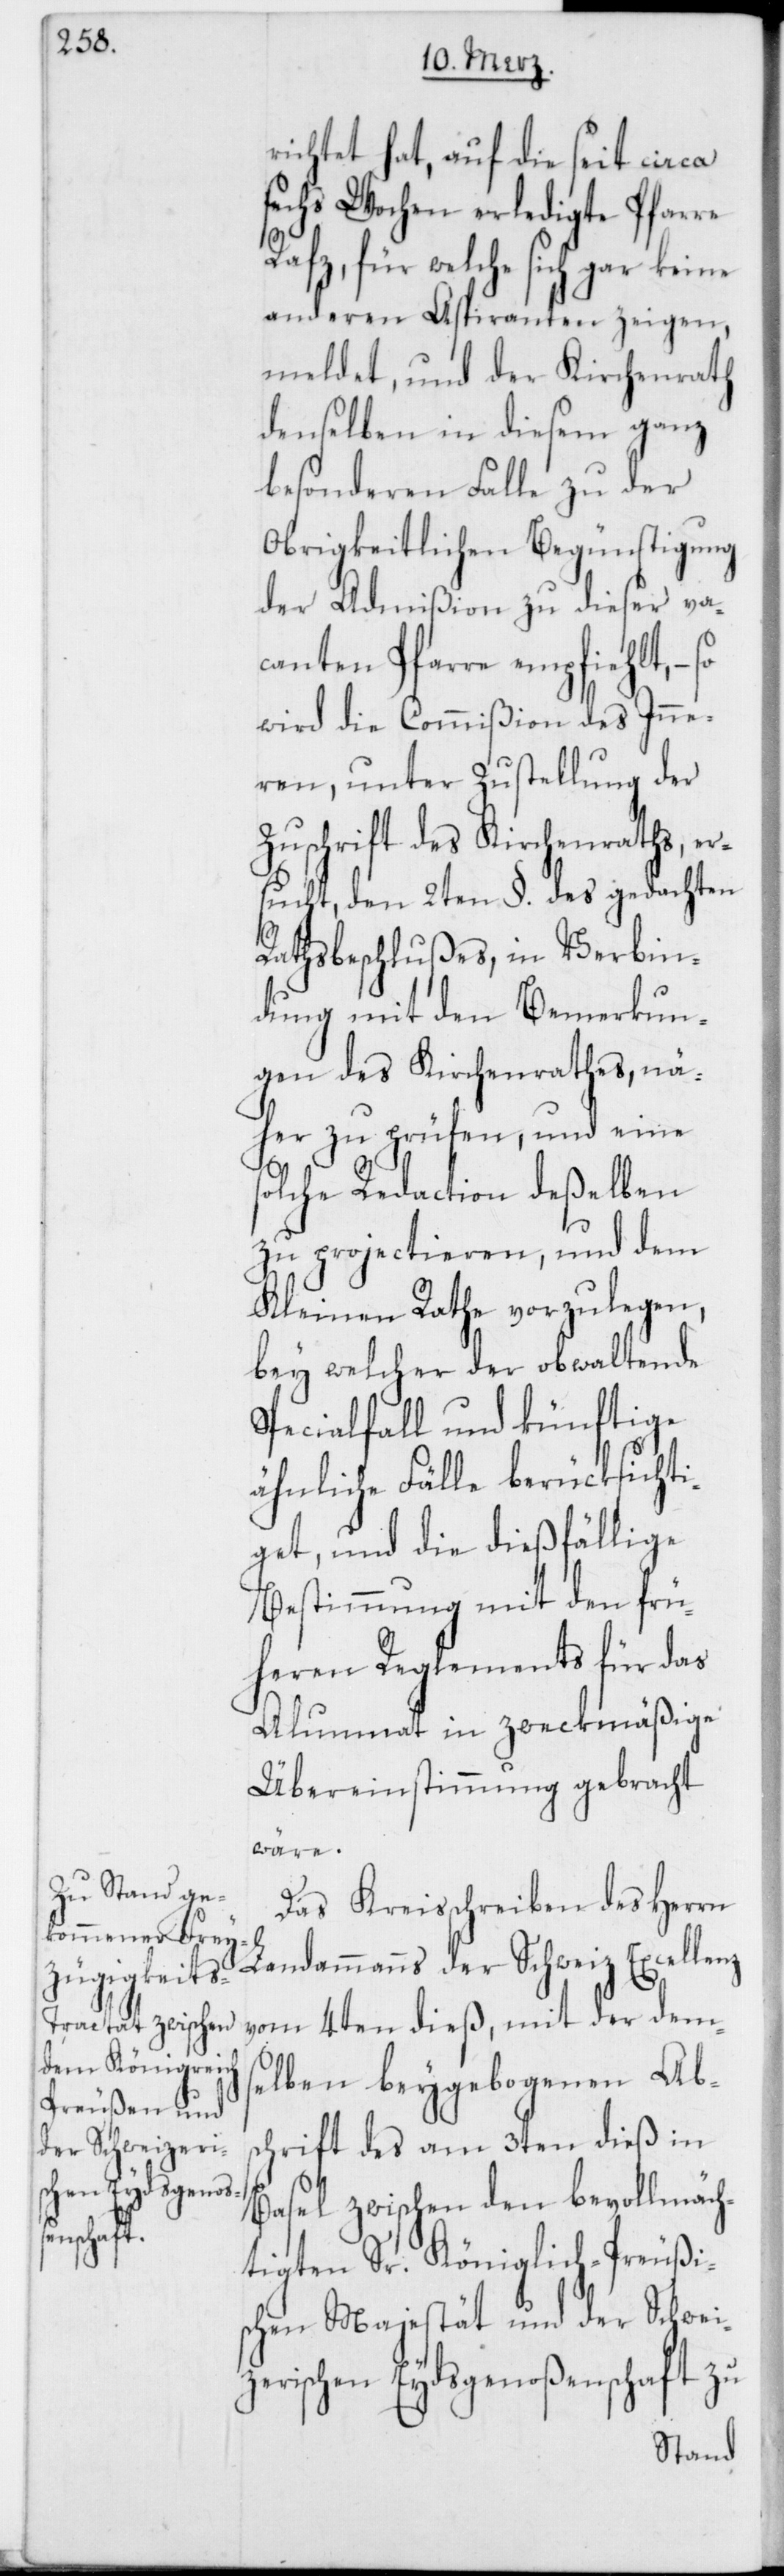
richtet hat, auf die seit circa
sechs Wochen erledigte Pfarre
Rafz, für welche sich gar keine
anderen Aspiranten zeigen,
meldet, und der Kirchenrath
denselben in diesem ganz
besonderen Falle zu der
Obrigkeitlichen Begünstigung
der Admißion zu dieser va¬
canten Pfarre empfiehlt, –
wird die Commißion des Inne¬
ren, unter Zustellung der
Zuschrift des Kirchenraths, er¬
sucht, den 2ten §. des gedachten
Rathsbeschlußes, in Verbin¬
dung mit den Bemerkun¬
gen des Kirchenrathes, nä¬
her zu prüfen, und eine
s¬
olche Redaction deßelben
zu projectieren, und dem
Kleinen Rathe vorzulegen,
bey welcher der obwaltende
Specialfall und künftige
ähnliche Fälle berücksichti¬
get, und die dießfällige
Bestimmung mit den frü¬
heren Reglements für das
Alumnat in zweckmäßige
Übereinstimmung gebracht
wäre.
Das Kreisschreiben des Herrn
Landammanns der Schweiz Excellenz
vom 4ten dieß, mit der dem¬
selben beygebogenen Abs¬
chrift des am 3ten dieß in
Basel zwischen den bevollmäch¬
tigten Sr. Königlich-Preußi¬
schen Majestät und der Schweiz¬
erischen Eydsgenoßenschaft zu